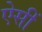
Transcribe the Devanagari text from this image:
ऐसीं